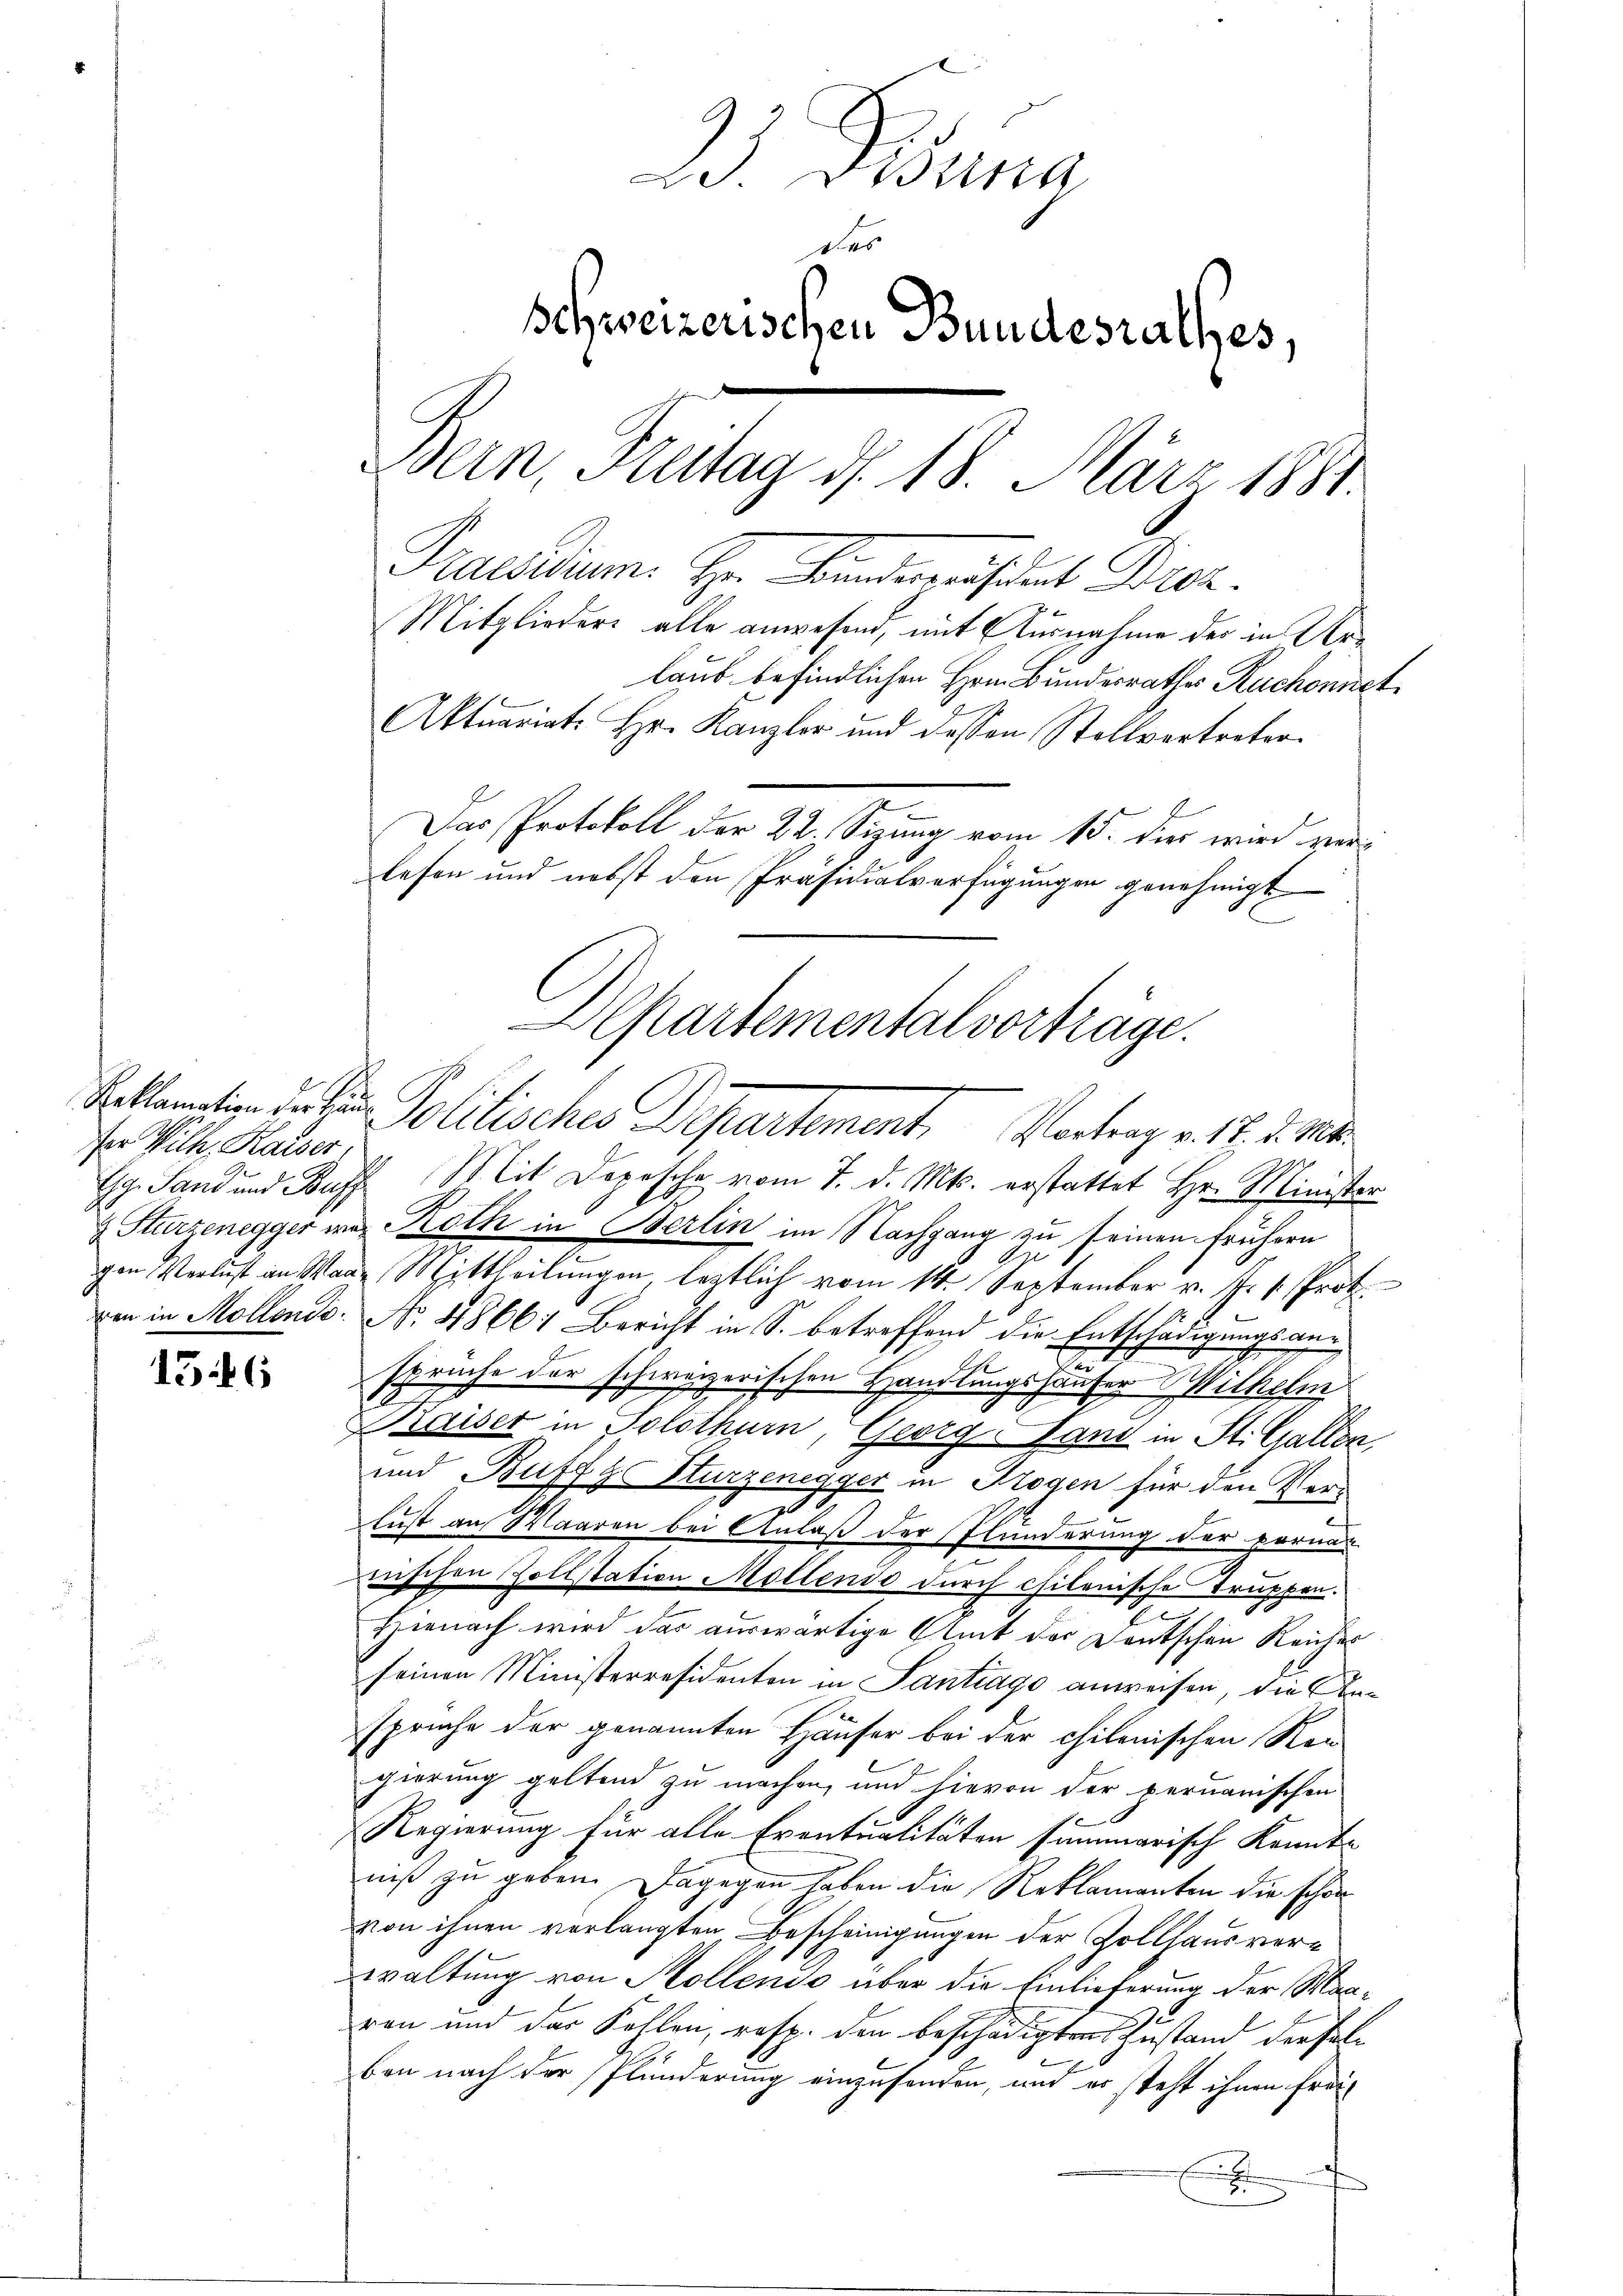
fer Wilh. Kaiser,

15 16

Praesidium. Hr. Bunderesident Bez.
Mitglieders alle anwesend, mit Ausnahme der in Arlaub befindlichen Hrn. Bundesrathes Ruchonnet
Aktuariat. Hr. Kanzler und dessen Stollvertreter
Das Protokoll der 22. Sizung vom 15. dies wird ver-
lesen und nebst den Präsidialverfügungen genehmigt
G. Sand und Buff Mit Depesche vom 7. d. Mts. erstattet Hr. Minister
 Sturzenegger wir Roth in Berlin im Nachgang zu seinen frühern
gen Verlust an Mann Mittheilungen, leztlich vom 14. September v. J. 1. Prot.
xen in Mollondo. No. 4866: Bericht in S. betreffend die Entschädigungsan¬
.
spruche der schweizerischen Handlungshauser Wilhelm
1
Kaiser in Solothurn, Georg Land in St. Gallen
und Buffyes Sturzenegger in Trogen für den Ver-
lust an Waaren bei Anlaß der Plunderung der pornas
nischen Zollstation Möllendo durch chilenische Truppen¬
E
Hienach wird das auswärtige Amt der Deutschen Reiches
seinen Ministerresidenten in Santrage anweisen, die Anspruche der genannten Häuser bei der chilenischen Ren-
gierung geltend zu machen, und hievon der peruanischen
Regierung für alle Eventualitäten summarisch Kennt-
niß zu geben. Dagegen haben die Reklamanten die schon
von ihnen verlangten Bescheinigungen der Zollhaus verwaltung von Kollende über die Einlieferung der Manron und das Kohlen, resp. den beschädigten Zustand derselben nach der Plunderung einzusenden, und er steht ihnen frei¬
E

2 Fina
des
schweizerischen Bundesrathes,
Bern, Freitag d. 18. März 1881.

Departementalvorträge.
Reklamation der ein Politisches Departement. Vortrag v. 18. d. Mts.